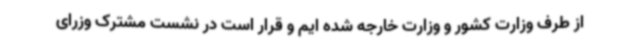
از طرف وزارت کشور و وزارت خارجه شده ایم و قرار است در نشست مشترک وزرای